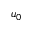
u _ { 0 }